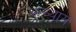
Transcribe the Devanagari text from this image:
अन्य्याय